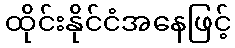
ထိုင်းနိုင်ငံအနေဖြင့်